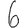
Digit: 6